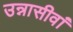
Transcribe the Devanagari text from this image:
उन्नासीवां